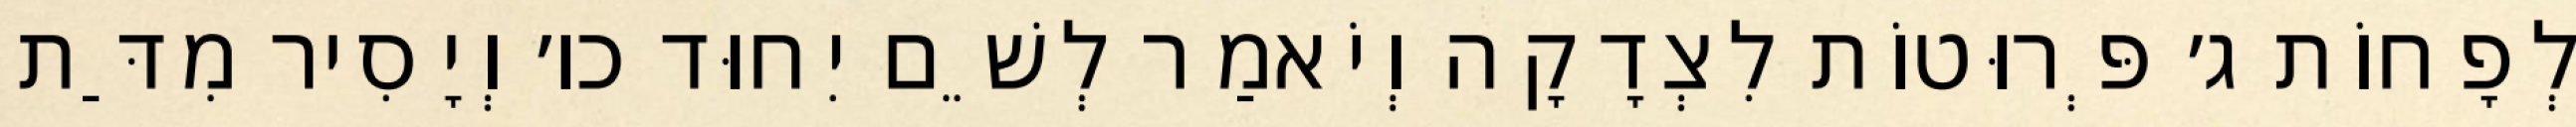
לְפָחוֹת ג׳ פְּרוּטוֹת לִצְדָקָה וְיֹאמַר לְשֵׁם יִחוּד כו׳ וְיָסִיר מִדַּת